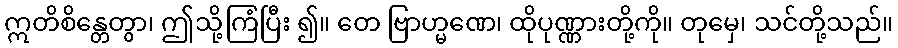
ဣတိစိန္တေတွာ၊ ဤသို့ကြံပြီး ၍။ တေ ဗြာဟ္မဏေ၊ ထိုပုဏ္ဏားတို့ကို။ တုမှေ၊ သင်တို့သည်။